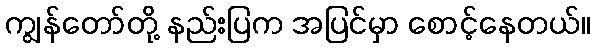
ကျွန်တော်တို့ နည်းပြက အပြင်မှာ စောင့်နေတယ်။